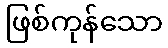
ဖြစ်ကုန်သော